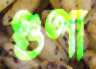
গুণা